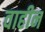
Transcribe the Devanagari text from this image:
वाहीन